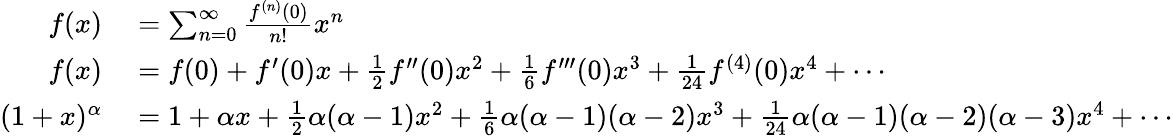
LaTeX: \begin{array}{rl}{f(x)}&{{}=\sum_{n=0}^{\infty}{\frac{f^{(n)}(0)}{n!}}x^{n}}\\ {f(x)}&{{}=f(0)+f^{\prime}(0)x+{\frac{1}{2}}f^{\prime\prime}(0)x^{2}+{\frac{1}{6}}f^{\prime\prime\prime}(0)x^{3}+{\frac{1}{24}}f^{(4)}(0)x^{4}+\cdots}\\ {(1+x)^{\alpha}}&{{}=1+\alpha x+{\frac{1}{2}}\alpha(\alpha-1)x^{2}+{\frac{1}{6}}\alpha(\alpha-1)(\alpha-2)x^{3}+{\frac{1}{24}}\alpha(\alpha-1)(\alpha-2)(\alpha-3)x^{4}+\cdots}\end{array}